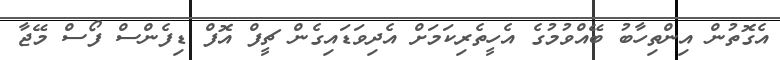
އެގޮތުން އިންތިހާބު ބޭއްވުމުގެ އެހީތެރިކަމަށް އެދިވަޑައިގެން ޗީފް އޮފް ޑިފެންސް ފޯސް މޭޖާ